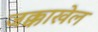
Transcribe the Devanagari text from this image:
जक्काखेल